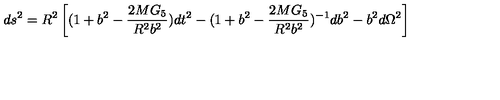
d s ^ { 2 } = R ^ { 2 } \left[ ( 1 + b ^ { 2 } - { \frac { 2 M G _ { 5 } } { R ^ { 2 } b ^ { 2 } } } ) d t ^ { 2 } - ( 1 + b ^ { 2 } - { \frac { 2 M G _ { 5 } } { R ^ { 2 } b ^ { 2 } } } ) ^ { - 1 } d b ^ { 2 } - b ^ { 2 } d \Omega ^ { 2 } \right]